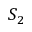
S _ { 2 }